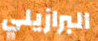
البرازيلي